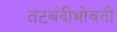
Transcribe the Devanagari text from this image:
तटबंदीभोवती